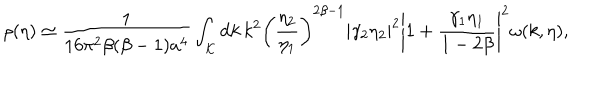
\rho ( \eta ) \simeq \frac { 1 } { 1 6 \pi ^ { 2 } \beta ( \beta - 1 ) a ^ { 4 } } \int _ { \cal K } \mathrm { d } k \, k ^ { 2 } \left( \frac { \eta _ { 2 } } { \eta _ { 1 } } \right) ^ { 2 \beta - 1 } \left| \gamma _ { 2 } \eta _ { 2 } \right| ^ { 2 } \left| 1 + \frac { \gamma _ { 1 } \eta _ { 1 } } { 1 - 2 \beta } \right| ^ { 2 } \omega ( k , \eta ) ,